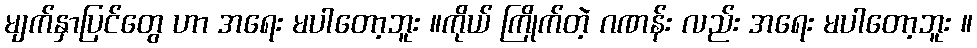
မျက်နှာပြင်တွေ ဟာ အရေး မပါတော့ဘူး ။ကိုယ် ကြိုက်တဲ့ ဂဏန်း လည်း အရေး မပါတော့ဘူး ။